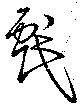
戲